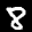
Label: 8